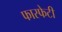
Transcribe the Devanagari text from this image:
फास्फेटी